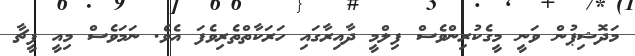
މަދޮޝިޕުން ވަނީ މީގެކުރިންވެސް ފިލްމީ ދާއިރާގައި ހަރަކާތްތެރިވެފަ އެވެ. ނަމަވެސް މިއީ ފީޗާ